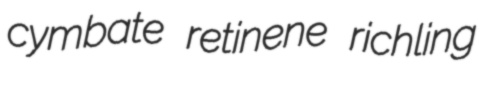
cymbate retinene richling